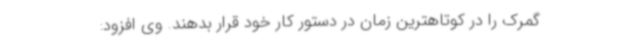
گمرک را در کوتاهترین زمان در دستور کار خود قرار بدهند. وی افزود: